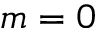
m = 0